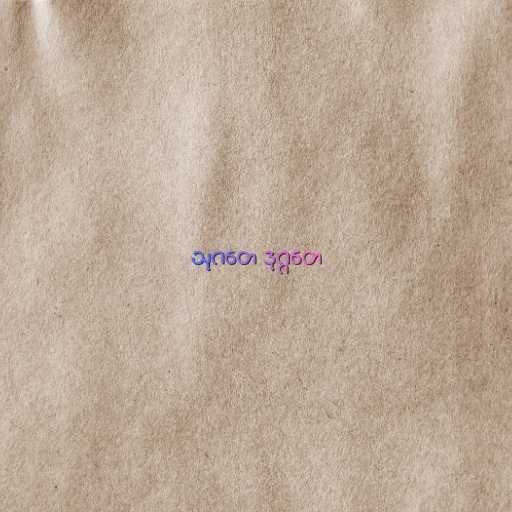
သုဂတေ ဒုဂ္ဂတေ